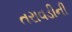
તરાવડીની